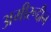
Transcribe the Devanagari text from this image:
अमीरूद्दीन